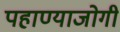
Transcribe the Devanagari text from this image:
पहाण्याजोगी